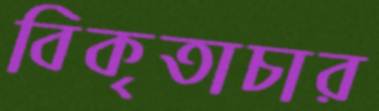
বিকৃতাচার